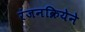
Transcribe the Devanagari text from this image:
रंजनक्रियेने